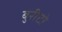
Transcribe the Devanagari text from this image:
बुरीटो